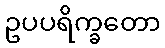
ဥပပရိက္ခတော